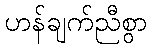
ဟန်ချက်ညီစွာ